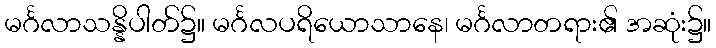
မင်္ဂလာသန္နိပါတ်၌။ မင်္ဂလပရိယောသာနေ၊ မင်္ဂလာတရား၏ အဆုံး၌။